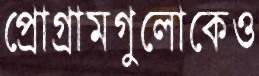
প্রোগ্রামগুলোকেও